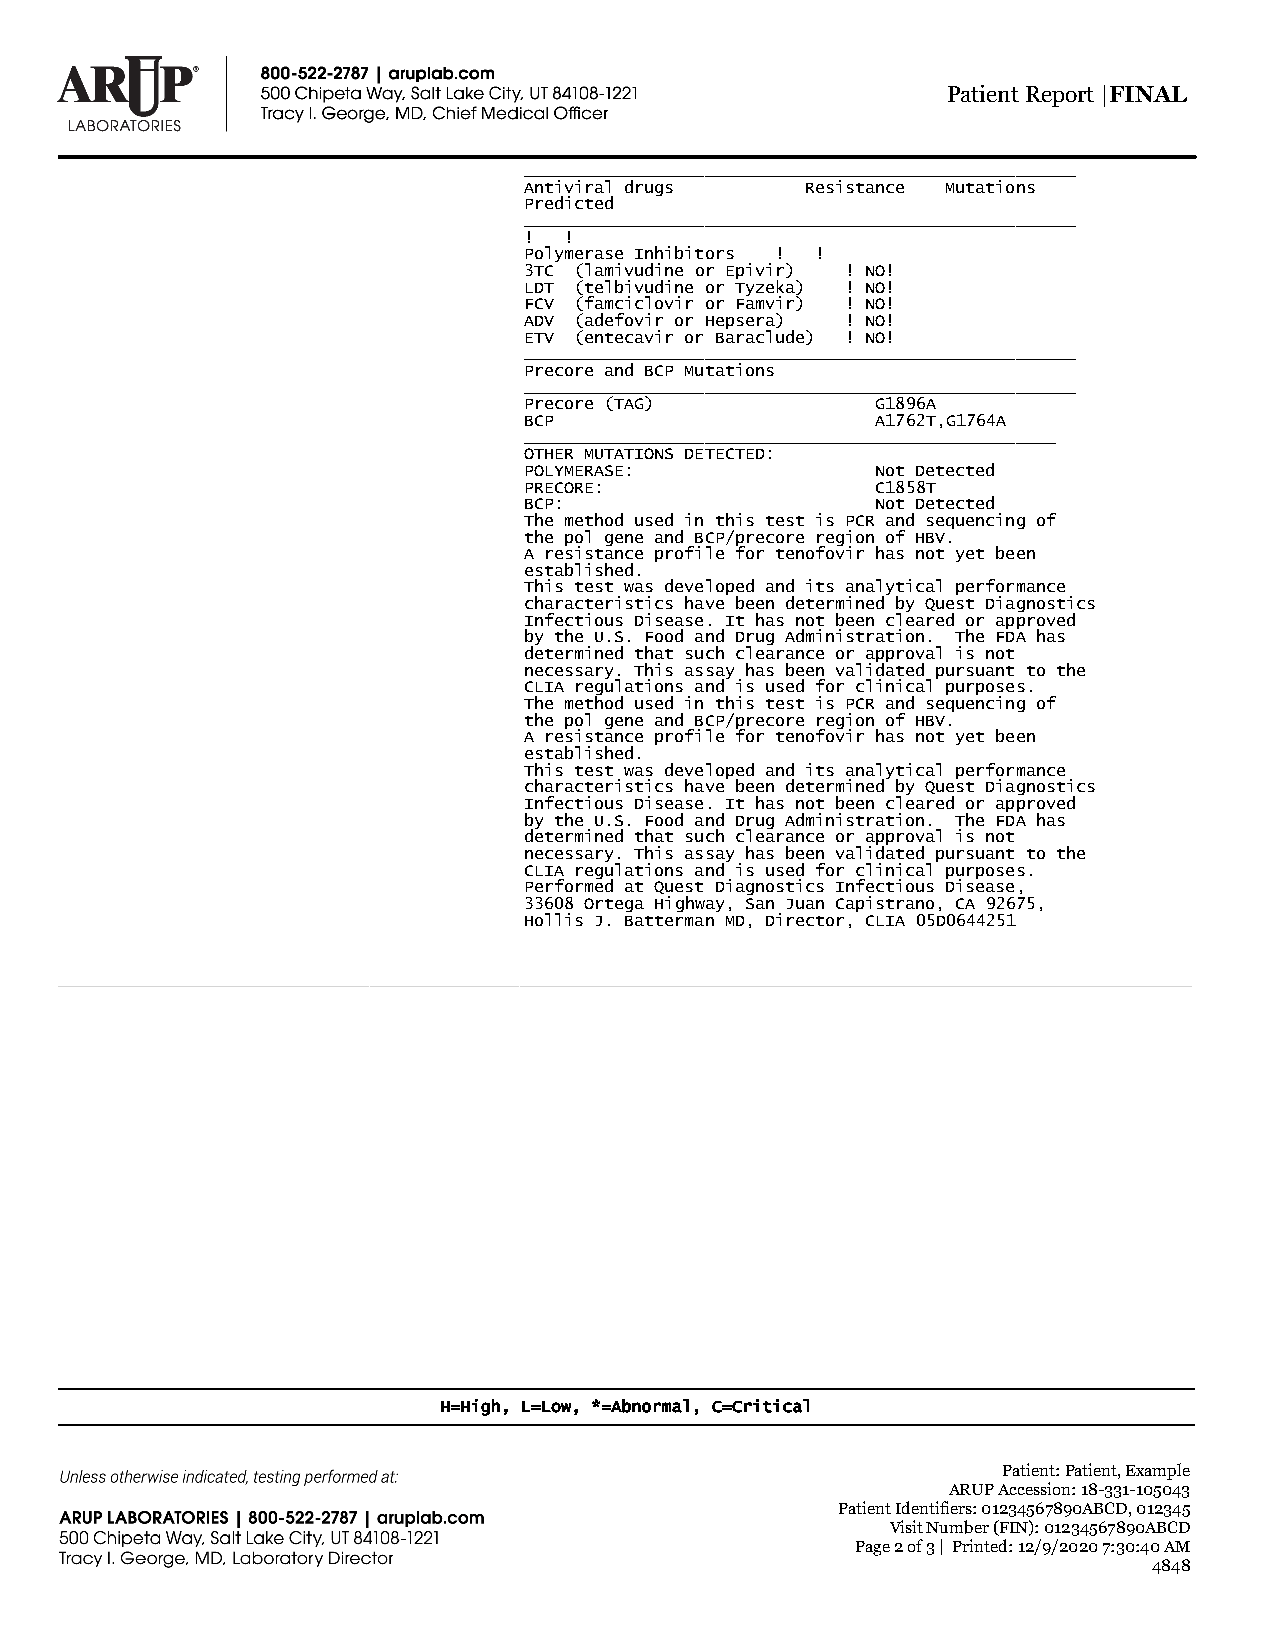
Patient Report |FINAL
 _______________________________________________________
 Antiviral drugs   Resistance Mutations
 Predicted
 _______________________________________________________
 ! !
 Polymerase Inhibitors ! !
 3TC (lamivudine or Epivir) ! NO!
 LDT (telbivudine or Tyzeka) ! NO!
 FCV (famciclovir or Famvir) ! NO!
 ADV (adefovir or Hepsera) ! NO!
 ETV (entecavir or Baraclude) ! NO!
 _______________________________________________________
 Precore and BCP Mutations
 _______________________________________________________
 Precore (TAG)          G1896A
 BCP                    A1762T,G1764A
 _____________________________________________________
 OTHER MUTATIONS DETECTED:
 POLYMERASE:            Not Detected
 PRECORE:               C1858T
 BCP:                   Not Detected
 The method used in this test is PCR and sequencing of
 the pol gene and BCP/precore region of HBV.
 A resistance profile for tenofovir has not yet been
 established.
 This test was developed and its analytical performance
 characteristics have been determined by Quest Diagnostics
 Infectious Disease. It has not been cleared or approved
 by the U.S. Food and Drug Administration. The FDA has
 determined that such clearance or approval is not
 necessary. This assay has been validated pursuant to the
 CLIA regulations and is used for clinical purposes.
 The method used in this test is PCR and sequencing of
 the pol gene and BCP/precore region of HBV.
 A resistance profile for tenofovir has not yet been
 established.
 This test was developed and its analytical performance
 characteristics have been determined by Quest Diagnostics
 Infectious Disease. It has not been cleared or approved
 by the U.S. Food and Drug Administration. The FDA has
 determined that such clearance or approval is not
 necessary. This assay has been validated pursuant to the
 CLIA regulations and is used for clinical purposes.
 Performed at Quest Diagnostics Infectious Disease,
 33608 Ortega Highway, San Juan Capistrano, CA 92675,
 Hollis J. Batterman MD, Director, CLIA 05D0644251
 H=High, L=Low, *=Abnormal, C=Critical
 Patient: Patient, Example
 ARUP Accession: 18-331-105043
 Patient Identifiers: 01234567890ABCD, 012345
 Visit Number (FIN): 01234567890ABCD
 Page 2 of 3 | Printed: 12/9/2020 7:30:40 AM
 4848